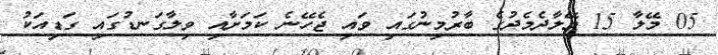
05 މޭލާ 15 މޭލާދެމެދުގެ ބާރުމިނުގައި ވައި ޖެހޭނެ ކަމަށާއި ވިލާގަނޑުގައި ގަޑިއަކު